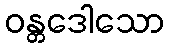
ဝန္တဒေါသော